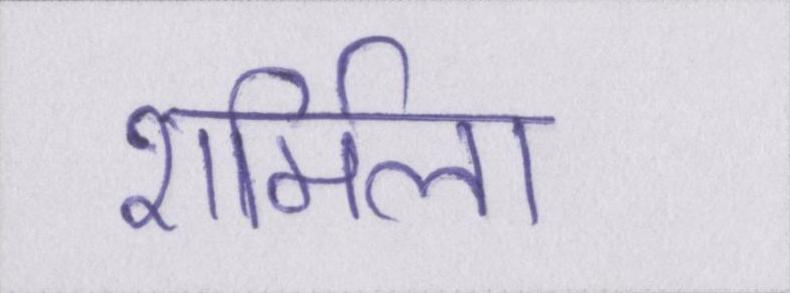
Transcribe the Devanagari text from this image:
शर्मिला